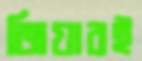
জিয়ারই